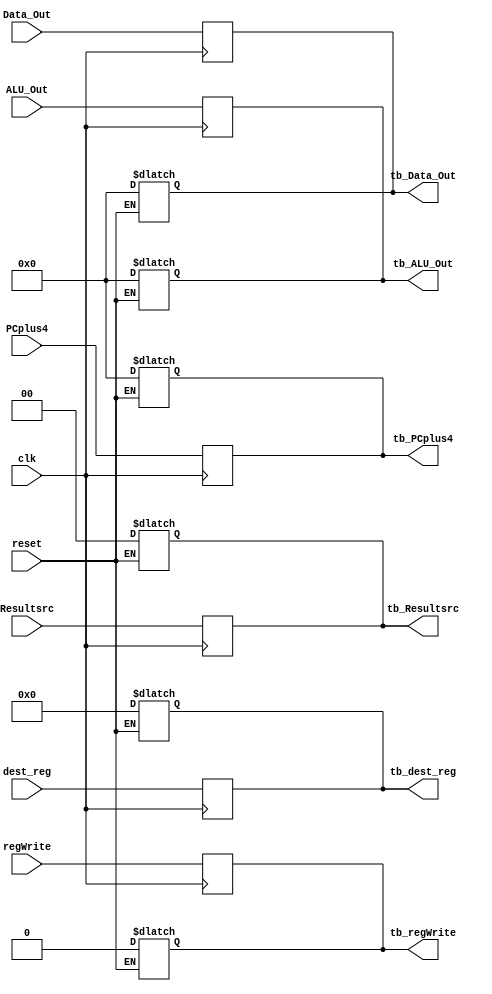
// Code your design here
module reg4(output reg [31:0] tb_PCplus4, tb_Data_Out, tb_ALU_Out, 
            output reg [4:0]tb_dest_reg, 
            output reg tb_regWrite,
            output reg [1:0]tb_Resultsrc, 
            
            input [31:0] PCplus4, Data_Out, ALU_Out,
            input [4:0]dest_reg, 
            input reset,clk, 
            input regWrite,
            input [1:0]Resultsrc
           );
  
  
  always@(*) begin
  if (reset) begin
      tb_PCplus4=0;
      tb_Data_Out=0;
      tb_ALU_Out=0;    
      tb_dest_reg=0;
      tb_regWrite=0;
      tb_Resultsrc=0;
  end
  end
  always@(posedge clk) begin
      tb_PCplus4=PCplus4;
	  tb_ALU_Out=ALU_Out;
      tb_Data_Out=Data_Out;
      tb_dest_reg=dest_reg;
      tb_regWrite=regWrite;
      tb_Resultsrc=Resultsrc;
  end
endmodule